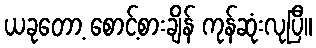
ယခုတော့ စောင့်စားချိန် ကုန်ဆုံးလုပြီ။